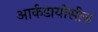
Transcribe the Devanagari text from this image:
आर्कडायोसीज़